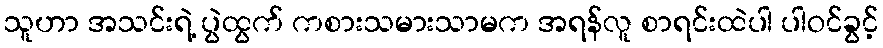
သူဟာ အသင်းရဲ့ ပွဲထွက် ကစားသမားသာမက အရန်လူ စာရင်းထဲပါ ပါဝင်ခွင့်